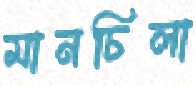
মানচিলা